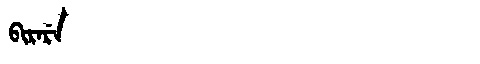
Manchu: ᠪᡳᡵᡝᡵᡝ
Romanization: BIRERE